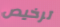
ترخيص